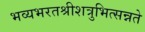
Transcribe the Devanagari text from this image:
भव्यभरतश्रीशत्रुभित्सन्नते